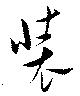
装